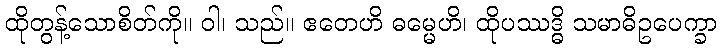
ထိုတွန့်သောစိတ်ကို။ ဝါ၊ သည်။ ဧတေဟိ ဓမ္မေဟိ၊ ထိုပဿဒ္ဓိ သမာဓိဥပေက္ခာ